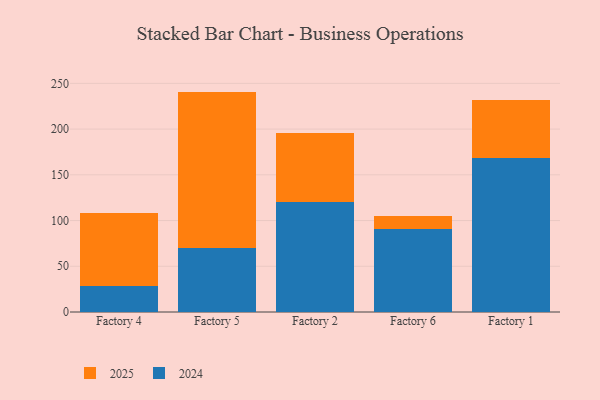
{"axis": {"x": "Factory", "y": "Bounce Rate (%)"}, "legend": ["2024", "2025"], "data": [{"x": "Factory 4", "y": 80.5, "type": "2025"}, {"x": "Factory 4", "y": 28.1, "type": "2024"}, {"x": "Factory 5", "y": 170.5, "type": "2025"}, {"x": "Factory 5", "y": 70.5, "type": "2024"}, {"x": "Factory 2", "y": 75.2, "type": "2025"}, {"x": "Factory 2", "y": 120.3, "type": "2024"}, {"x": "Factory 6", "y": 14.3, "type": "2025"}, {"x": "Factory 6", "y": 90.4, "type": "2024"}, {"x": "Factory 1", "y": 63.3, "type": "2025"}, {"x": "Factory 1", "y": 168.3, "type": "2024"}]}